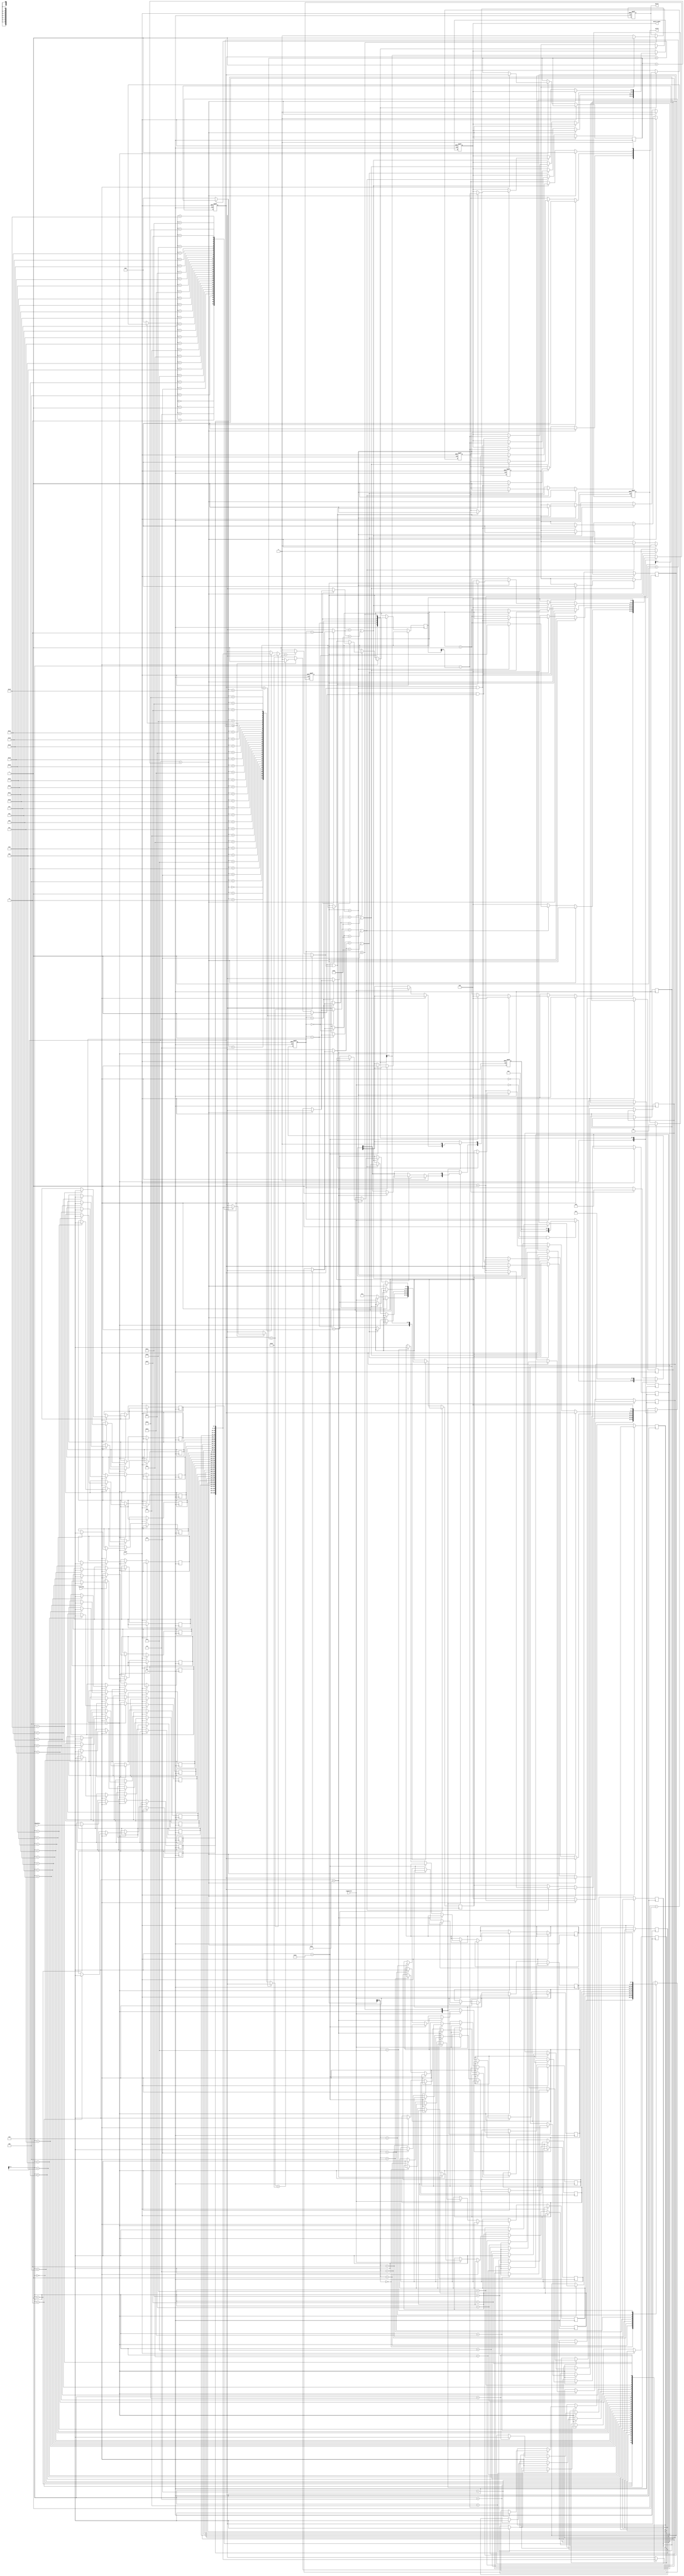
module SME(clk,reset,chardata,isstring,ispattern,valid,match,match_index);
input clk;
input reset;
input [7:0] chardata;
input isstring;
input ispattern;
output match;
output [4:0] match_index;
output valid;

localparam Hat = 8'h5E;
localparam Dollar = 8'h24;
localparam Dot = 8'h2E;
localparam Space = 8'h20;

localparam LOAD = 4;
localparam OUTPUT = 5;
localparam X_X = 2'b00; 
localparam H_X = 2'b10; 
localparam X_D = 2'b01; 
localparam H_D = 2'b11; 


reg match, valid;
reg [4:0] match_index;

reg [5:0] cur_state, next_state;
reg [7:0] string[31:0], pattern[7:0];
reg [4:0] index;
reg [5:0] str_idx, pat_idx;
reg [5:0] str_max, pat_max;
reg [5:0] str_ptr;
reg [20:0] count;

reg [1:0] mode; // Hat or Dollar
reg finish;
reg success;

reg is_H, is_D;

always @(*)
begin
    next_state = cur_state;
    case (cur_state)
        LOAD: if (!isstring && !ispattern) next_state = mode;
        OUTPUT: next_state = LOAD;
        default: if(finish) next_state = OUTPUT;
    endcase
end

always @(posedge clk or posedge reset)
begin
    if (reset)begin
        valid <= 0;
        match <= 0;
        match_index <= 5'd0;
        str_idx <= 0;
        pat_idx <= 0;
        mode <= 0;
        success <= 'hx;
        finish <= 0;
        count <= 0;
    end
    else begin
        count <= count + 1; // Debug
        case(cur_state)
            LOAD: begin
                valid <= 0;
                //match_index <= 'hx;
                //match <= 'hx;
                str_idx <= 0;
                pat_idx <= 0;
                if(isstring) begin
                    string[str_idx] <= chardata;
                    str_idx <= str_idx + 1;
                    str_max <= str_idx;
                end
                else if(ispattern) begin
                    str_idx <= 0;
                    if(chardata == Hat) begin
                        mode[1] <= 1;
                    end
                    else if(chardata == Dollar) begin
                        mode[0] <= 1;
                    end
                    else begin
                        pattern[pat_idx] <= chardata;
                        pat_idx <= pat_idx + 1;
                        pat_max <= pat_idx;
                    end
                end
                else begin
                    pat_idx <= 0;
                    str_ptr <= 1;
                end
            end
            X_X: begin //None
                if (str_idx == str_max + 1) begin // overflow
                    success <= 0;
                    finish <= 1;
                end
                else if (string[str_idx] == pattern[pat_idx] || pattern[pat_idx] == Dot) begin
                    if(pat_idx == pat_max) begin
                        success <= 1;
                        match_index <= str_idx - pat_max; // Head Index of pattern in string
                        finish <= 1;
                    end
                    else begin
                        str_idx <= str_idx + 1;
                        pat_idx <= pat_idx + 1;
                    end
                end
                else begin
                    pat_idx <= 0;
                    str_idx <= str_ptr;
                    str_ptr <= str_ptr + 1;
                end
            end
            X_D: begin // Dollar
                if (str_idx == str_max + 1)begin // overflow
                    success <= 0;
                    finish <= 1;
                end
                else if (string[str_idx] == pattern[pat_idx] || pattern[pat_idx] == Dot) begin
                    if(pat_idx == pat_max && is_D) begin
                        success <= 1;
                        match_index <= str_idx - pat_max; 
                        finish <= 1;
                    end
                    else begin
                        str_idx <= str_idx + 1;
                        pat_idx <= pat_idx + 1;
                    end
                end
                else begin
                    pat_idx <= 0;
                    str_idx <= str_ptr;
                    str_ptr <= str_ptr + 1;
                end                     
            end
            H_X:begin //Hat
                if (str_idx == str_max + 1) begin// overflow
                    success <= 0;
                    finish <= 1;
                end
                else if (string[str_idx] == pattern[pat_idx] || pattern[pat_idx] == Dot) begin
                    if(pat_idx == pat_max && is_H) begin
                        success <= 1;
                        match_index <= str_idx - pat_max; 
                        finish <= 1;
                    end
                    else begin
                        str_idx <= str_idx + 1;
                        pat_idx <= pat_idx + 1;
                    end
                end
                else begin
                    pat_idx <= 0;
                    str_idx <= str_ptr;
                    str_ptr <= str_ptr + 1;
                end
            end
            H_D:begin // both
                if (str_idx == str_max + 1) begin // overflow
                    finish <= 1;
                    success <= 0;
                end
                else if (string[str_idx] == pattern[pat_idx] || pattern[pat_idx] == Dot) begin
                    if(pat_idx == pat_max) begin
                        if (is_H && is_D) begin
                            finish <= 1;
                            match_index <= str_idx - pat_max;
                            success <= 1;
                        end
                        else begin
                            pat_idx <= 0;
                            str_idx <= str_ptr;
                            str_ptr <= str_ptr + 1;
                        end
                    end
                    else begin
                        str_idx <= str_idx + 1;
                        pat_idx <= pat_idx + 1;
                    end
                end
                else begin
                    pat_idx <= 0;
                    str_idx <= str_ptr;
                    str_ptr <= str_ptr + 1;
                end
            end/******************************************************/
            OUTPUT:begin
                valid <= 1;
                finish <= 0;
                success <= 'hx;
                if(success) begin
                    match <= 1;
                end
                else begin
                    match <= 0;
                    //match_index <= 'hx;
                end
                str_idx <= 0;
                pat_idx <= 0;
                mode <= 0;
            end
        endcase

    end

end

always @(posedge clk or posedge reset)
begin
    if (reset)
        cur_state <= LOAD;
    else
        cur_state <= next_state;
end

always @(*) 
begin
    is_H = 0;
    if (str_idx == pat_max) is_H = 1;
    else begin
        index = str_idx >= pat_max + 1 ? str_idx - pat_max - 1:0;
        if(str_idx >= pat_max + 1) begin
            if (string[index] == Space) is_H = 1;
        end
    end

    is_D = 0;
    if (str_idx == str_max) is_D = 1;
    else begin
        index = str_idx < str_max ? str_idx + 1 : 0; 
        if (string[index] == Space) is_D = 1;
    end
end

endmodule